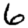
Digit: 6